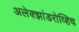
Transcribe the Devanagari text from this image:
अलेक्झांडरोव्हिच